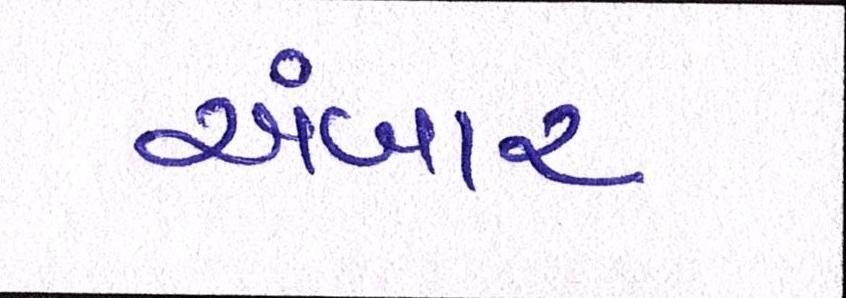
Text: અંબાર